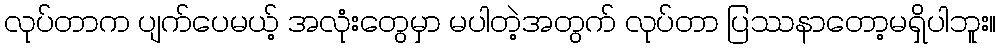
လုပ်တာက ပျက်ပေမယ့် အလုံးတွေမှာ မပါတဲ့အတွက် လုပ်တာ ပြဿနာတော့မရှိပါဘူး။